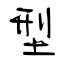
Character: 型